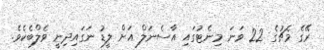
ރޭގެ މެޗުގެ 22 ވަނަ މިނެޓުގައި އާސެނަލް އަށް ލީޑު ނަގައިދިނީ ވެލްބެކެވެ.